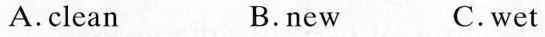
A.clean B.new C.wet